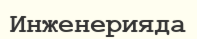
Инженерияда